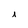
Character: i